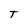
Character: T